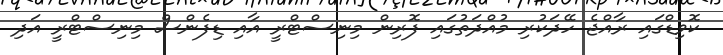
ކޮވިޑްގައި ރާއްޖެ ހޭދަކުރި މުއްދަތުގައި ފޮރިން މިނިސްޓްރީ އާއި ޑިފެންސް މިނިސްޓްރީ އަދި